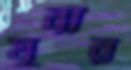
যুবার